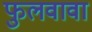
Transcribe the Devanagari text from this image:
फुलवावा